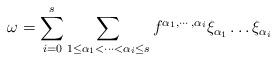
LaTeX: \begin{align*}\omega = \sum_{i=0}^{s} \sum_{1 \le \alpha_{1} < \cdots < \alpha_{i} \le s} f^{\alpha_{1}, \cdots , \alpha_{i}} \xi_{\alpha_{1}}\dots \xi_{\alpha_{i}}\end{align*}